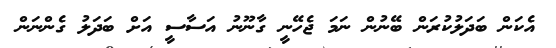
އެކަން ބަދަލުކުރަން ބޭނުން ނަމަ ޖެހޭނީ ގާނޫނު އަސާސީ އަށް ބަދަލު ގެންނަން